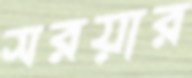
সরয়ার